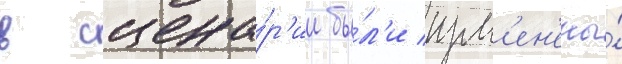
в сцена́р'ии бы́л'и изм'ен'ены́